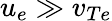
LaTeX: u_{e}\gg v_{Te}